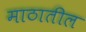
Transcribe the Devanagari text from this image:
माठातील